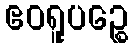
ဧဝရူပဉ္စေ